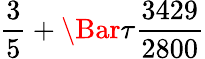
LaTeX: \frac{3}{5}+\Bar{\tau}\frac{3429}{2800}